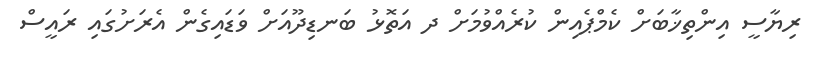
ރިޔާސީ އިންތިޚާބަށް ކެމްޕެއިން ކުރެއްވުމަށް ދ އަތޮޅު ބަނޑިދޫއަށް ވަޑައިގެން އެރަށުގައި ރައީސް